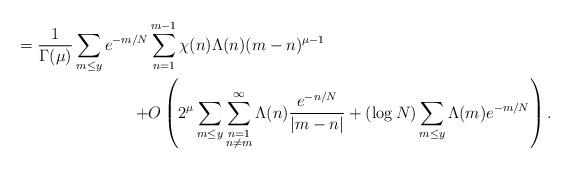
LaTeX: \begin{align*}=\frac{1}{\Gamma(\mu)}\sum_{m\le y}e^{-m/N}&\sum_{n=1}^{m-1}\chi(n)\Lambda(n)(m-n)^{\mu-1}\\+&O\left(2^\mu\sum_{m\le y}\sum_{\substack{n=1\\n\neq m}}^\infty\Lambda(n)\frac{e^{-n/N}}{|m-n|}+(\log N)\sum_{m\le y}\Lambda(m)e^{-m/N}\right).\end{align*}